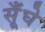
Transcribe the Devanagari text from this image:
सूँघे